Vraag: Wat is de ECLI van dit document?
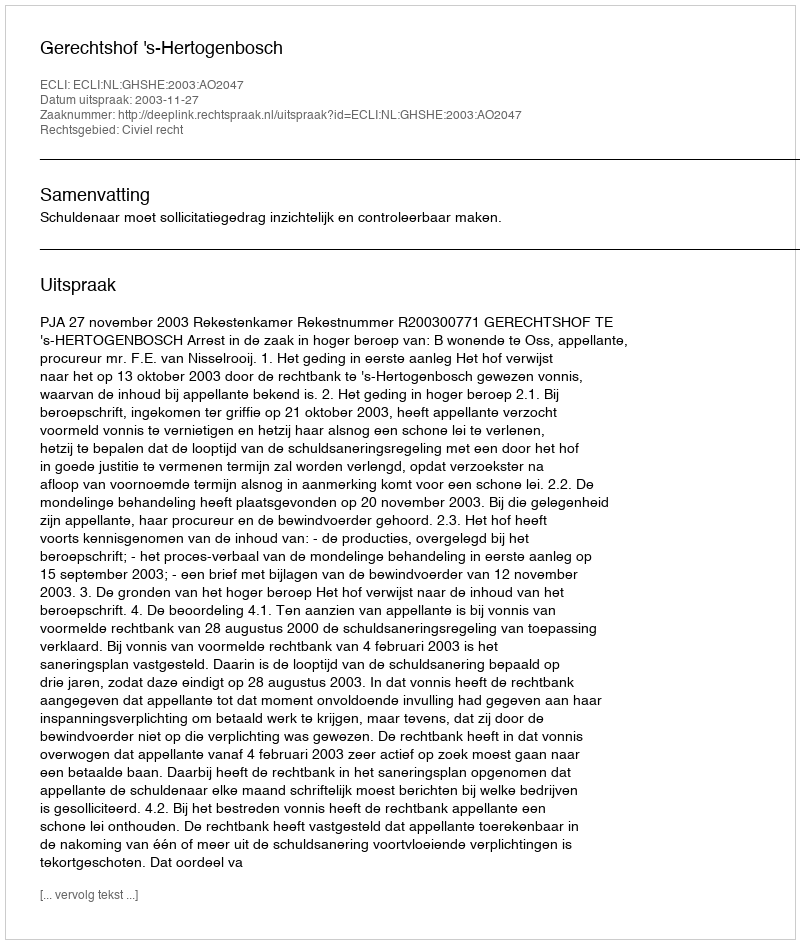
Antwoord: ECLI:NL:GHSHE:2003:AO2047